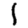
Digit: 1